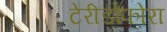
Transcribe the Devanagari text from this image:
टेरीडोफोरा